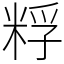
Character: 粰